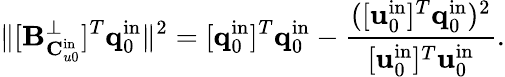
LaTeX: \| [\mathbf{B}_{\mathbf{C}_{u0}^{\mathrm{in}}}^{\perp}]^{T}\mathbf{q}_{0}^{\mathrm{in}}\| ^{2}=[\mathbf{q}_{0}^{\mathrm{in}}]^{T}\mathbf{q}_{0}^{\mathrm{in}}-\frac{([\mathbf{u}_{0}^{\mathrm{in}}]^{T}\mathbf{q}_{0}^{\mathrm{in}})^{2}}{[\mathbf{u}_{0}^{\mathrm{in}}]^{T}\mathbf{u}_{0}^{\mathrm{in}}}.